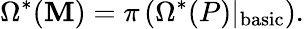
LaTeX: \Omega^{*}(\mathbf{M})=\pi\left(\Omega^{*}(P)\vert_{\mathrm{{basic}}}\right).